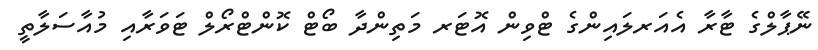
ނޭޕާލްގެ ޓާރާ އެއަރލައިންގެ ޓްވިން އޮޓަރ މަތިންދާ ބޯޓް ކޮންޓްރޯލް ޓަވަރާއި މުއާސަލާތީ